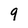
Character: 9